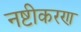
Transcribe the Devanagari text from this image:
नष्टीकरण